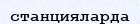
станцияларда